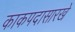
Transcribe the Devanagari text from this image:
काकपदासारखे